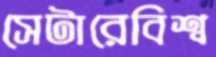
সেটারেবিশ্ব